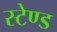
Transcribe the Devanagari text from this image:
स्‍टेण्‍ड